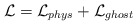
\begin{align*}{\cal L}={\cal L}_{phys}+{\cal L}_{ghost}\end{align*}